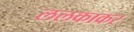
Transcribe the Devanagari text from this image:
ललकाकर